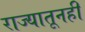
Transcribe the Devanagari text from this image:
राज्यातूनही